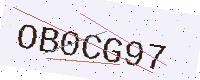
Text: OB0CG97